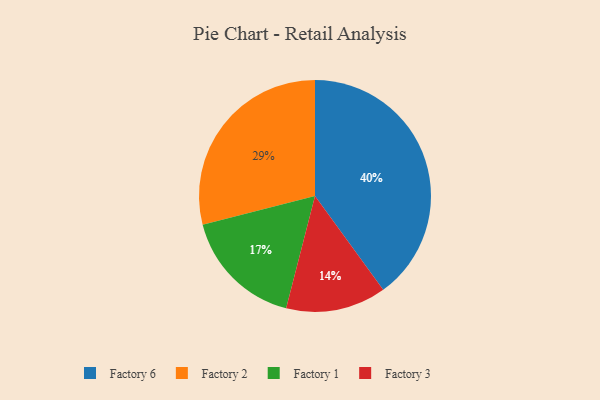
{"axis": {"x": "Category", "y": "Percentage"}, "legend": ["Factory 1", "Factory 2", "Factory 3", "Factory 6"], "data": [{"x": "Factory 3", "y": 14, "type": "Factory 3"}, {"x": "Factory 6", "y": 40, "type": "Factory 6"}, {"x": "Factory 1", "y": 17, "type": "Factory 1"}, {"x": "Factory 2", "y": 29, "type": "Factory 2"}]}